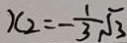
x _ { 2 } = - \frac { 1 } { 3 } \sqrt { 3 }